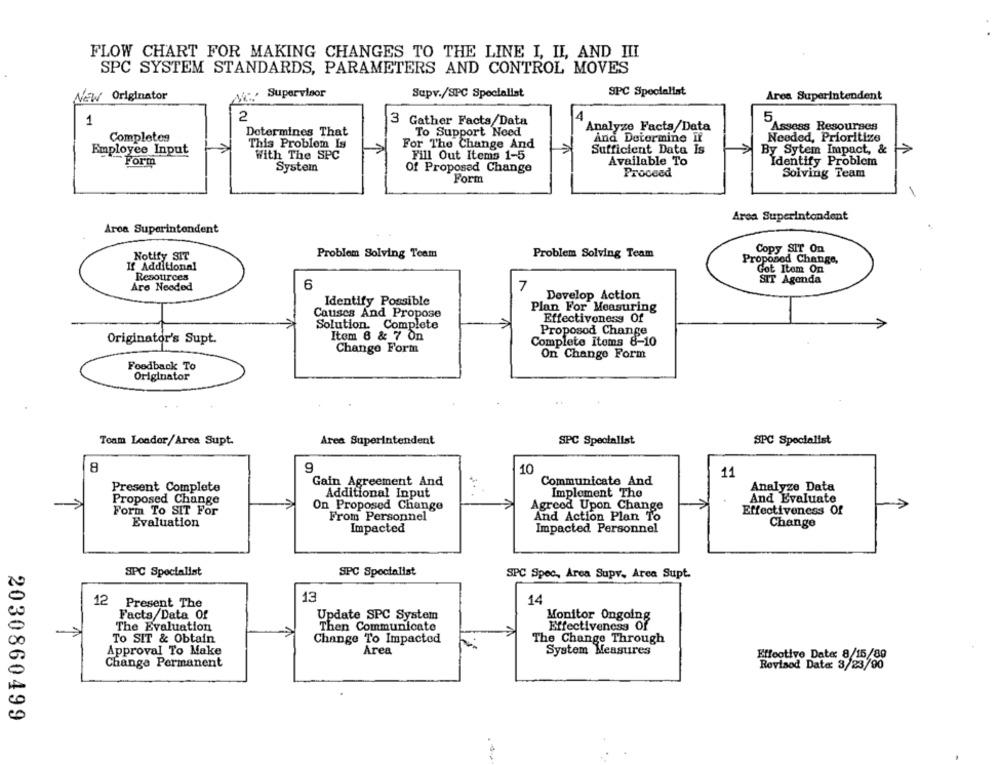
FLOW CHART FOR MAKING CHANGES TO THE LINE I, II, AND III
SPC SYSTEM STANDARDS, PARAMETERS AND CONTROL MOVES
Supervisor
Supv./SPC Specialist
SPC Specialist
NEW Originator
Area Superintendent
2
1
3 Gather Facts/Data
5
Analyze Facts/Data
Assess Resourses
Completes
Determines That
To Support Need
And Determine if
Needed, Prioritize
This Problem Is
For The Change And
Employee Input
Sufficient Data Is
By Sytem Impact, &
With The SPC
Fill Out Items 1-5
Form
System
Of Proposed Change
Available To
Identify Problem
Proceed
Solving Team
Form
Area Superintendent
Area Superintendent
Copy SIT On
Notify SIT
Problem Solving Team
Problem Solving Team
Proposed Change,
If Additional
Got Item On
Resources
SIT Agenda
Are Needed
6
7
Develop Action
Identify Possible
Plan For Measuring
Causes And Propose
Effectiveness Of
Solution. Complete
Item 6 & 7 On
Proposod Change
Originator's Supt.
Complete Items 8-10
Change Form
On Change Form
Foodback To
Originator
Team Leader/Area Supt.
Area Superintendent
SPC Specialist
SPC Specialist
8
9
10
11
Gain Agreement And
Communicate And
Present Complete
Analyze Data
Additional Input
Implement The
Proposed Change
On Proposed Change
Agreed Upon Change
And Evaluate
Form To SIT For
Effectiveness Of
From Personnel
And Action Plan To
Evaluation
Impacted
Impacted Personnel
Change
SPC Specialist
SPC Specialist
SPC Spec, Area Supv. Area Supt.
13
12 Present The
14
Facts/Data Of
Update SPC System
Monitor Ongoing
The Evaluation
Then Communicate
Effectiveness Of
To SIT & Obtain
Change To Impacted
The Change Through
Approval To Make
Area
System Measures
Effective Date: 8/15/80
Change Permanent
Revised Date: 3/23/90
2030860499